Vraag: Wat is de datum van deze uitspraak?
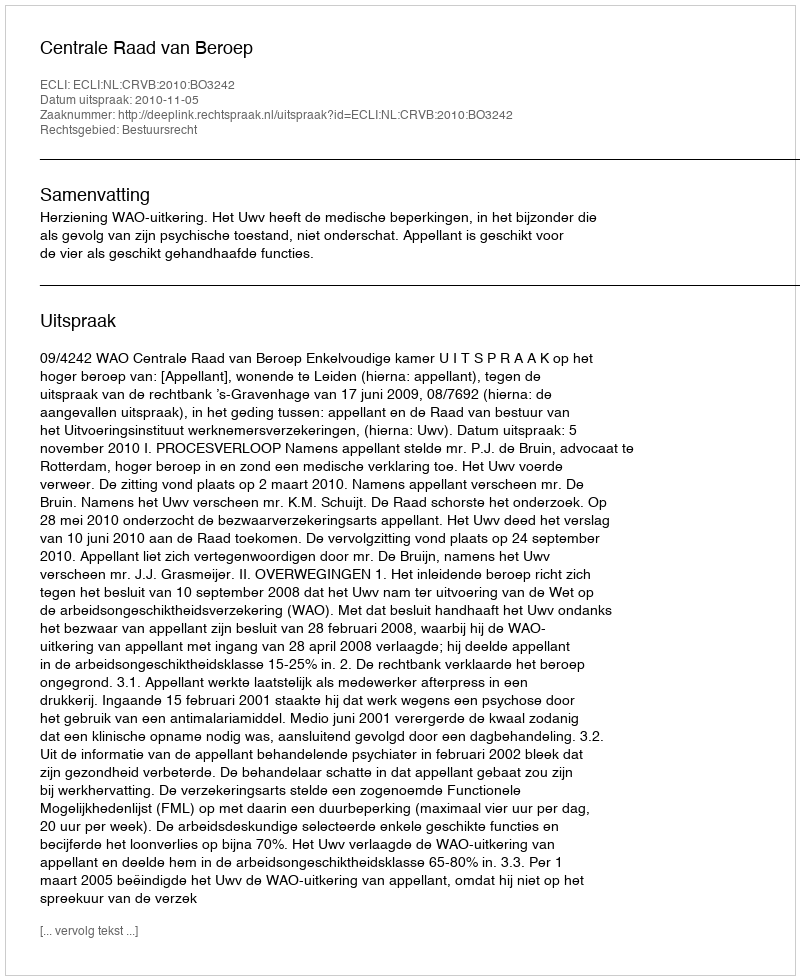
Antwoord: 2010-11-05